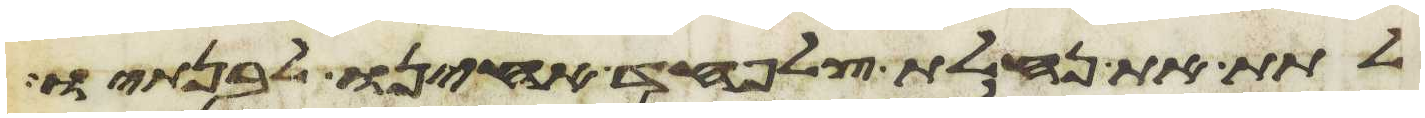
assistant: לתת את נחלת צלפחד אחינו לבנתיו